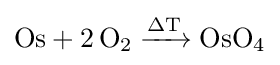
{\mathrm {Os} {}+{}2\,\mathrm {O} {\vphantom {A}}_{\smash[{t}]{2}}{}\mathrel {\xrightarrow {\mathrm {\Delta T} } } {}\mathrm {OsO} {\vphantom {A}}_{\smash[{t}]{4}}}